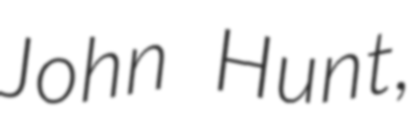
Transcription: John Hunt,